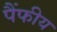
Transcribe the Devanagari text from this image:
पैंफीय